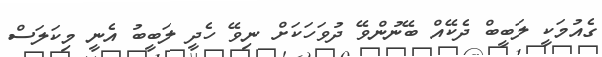
ގެއުމަކީ ލަބީބް ދެކޭއް ބޭނުންވޭ ދުވަހަކަށް ނިވޭ ހެދީ ލަބީބު އެނީ މިކަލަސް